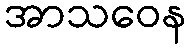
အာသဝေန